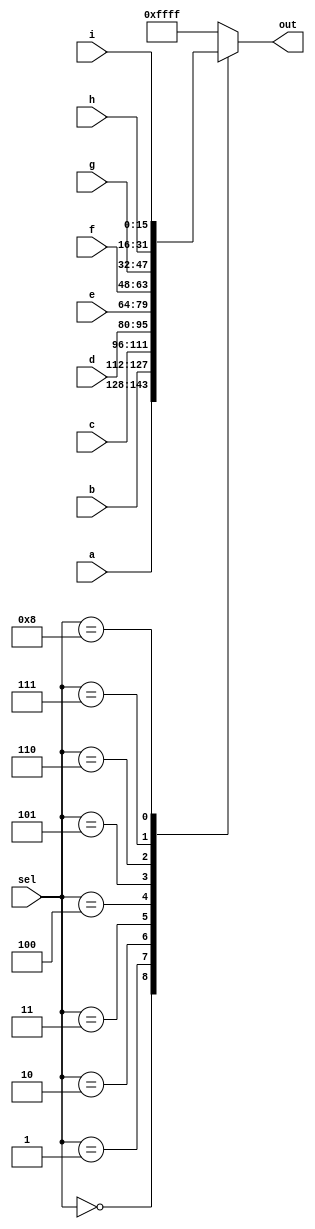
module top_module (
    input [15:0] a,
    b,
    c,
    d,
    e,
    f,
    g,
    h,
    i,
    input [3:0] sel,
    output reg [15:0] out
);

  always @(*) begin
    case (sel)
      0: out = a;
      1: out = b;
      2: out = c;
      3: out = d;
      4: out = e;
      5: out = f;
      6: out = g;
      7: out = h;
      8: out = i;
      default: out = 16'hFFFF;
    endcase
  end

endmodule